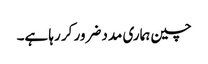
چین ہماری مدد ضرور کر رہا ہے۔